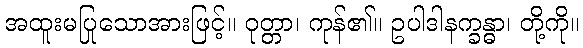
အထူးမပြုသောအားဖြင့်။ ဝုတ္တာ၊ ကုန်၏။ ဥပါဒါနက္ခန္ဓာ၊ တို့ကို။